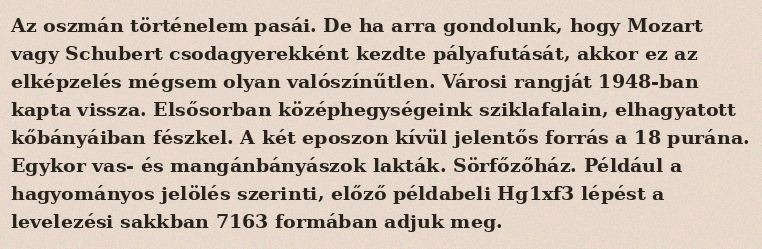
Az oszmán történelem pasái. De ha arra gondolunk, hogy Mozart vagy Schubert csodagyerekként kezdte pályafutását, akkor ez az elképzelés mégsem olyan valószínűtlen. Városi rangját 1948-ban kapta vissza. Elsősorban középhegységeink sziklafalain, elhagyatott kőbányáiban fészkel. A két eposzon kívül jelentős forrás a 18 purána. Egykor vas- és mangánbányászok lakták. Sörfőzőház. Például a hagyományos jelölés szerinti, előző példabeli Hg1xf3 lépést a levelezési sakkban 7163 formában adjuk meg.